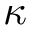
\kappa